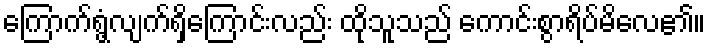
ကြောက်ရွံ့လျက်ရှိကြောင်းလည်း ထိုသူသည် ကောင်းစွာရိပ်မိလေ၏။